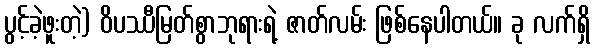
ပွင့်ခဲ့ဖူးတဲ့) ဝိပဿီမြတ်စွာဘုရားရဲ့ ဇာတ်လမ်း ဖြစ်နေပါတယ်။ ခု လက်ရှိ